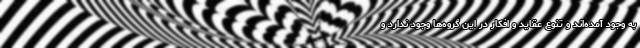
به وجود آمده‌اند و تنوع عقاید و افکار در این گروه‌ها وجود ندارد و